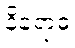
နိရောဓံ